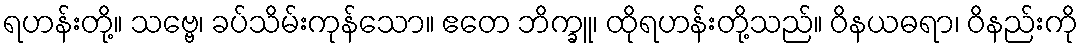
ရဟန်းတို့။ သဗ္ဗေ၊ ခပ်သိမ်းကုန်သော။ ဧတေ ဘိက္ခူ၊ ထိုရဟန်းတို့သည်။ ဝိနယဓရာ၊ ဝိနည်းကို